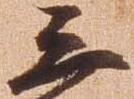
三